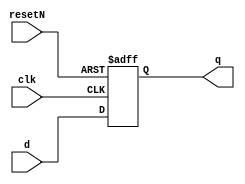
`timescale 1ns / 1ps

module dff(
    input clk,input d,input resetN,output q);
    reg bit = 1;
    assign q = bit;
    always @ (posedge clk or negedge resetN)
        if (~resetN) bit <= 1'b0;
        else bit <= d;
endmodule